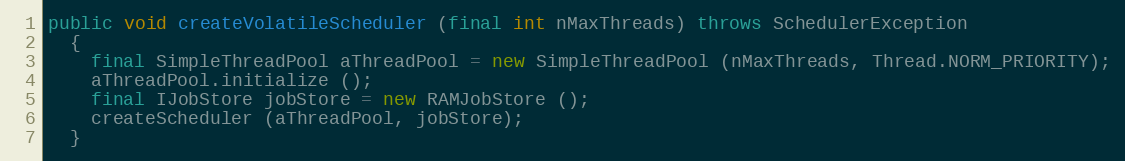
Language: Java
public void createVolatileScheduler (final int nMaxThreads) throws SchedulerException
  {
    final SimpleThreadPool aThreadPool = new SimpleThreadPool (nMaxThreads, Thread.NORM_PRIORITY);
    aThreadPool.initialize ();
    final IJobStore jobStore = new RAMJobStore ();
    createScheduler (aThreadPool, jobStore);
  }